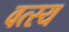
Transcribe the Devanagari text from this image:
वत्स्य